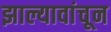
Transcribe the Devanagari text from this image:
झाल्यावांचून